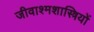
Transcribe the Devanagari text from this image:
जीवाश्मशास्त्रियों